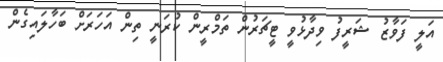
އަލީ ފަވާާޒު ޝަރީފު ވިދާޅުވީ ޓީޗަރުން ތަމްރީން ކުރަނީ ތިން އަހަރަށް ބަހާލައިގެން